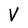
Character: V